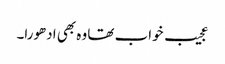
عجیب خواب تھا وہ بھی ادھورا۔